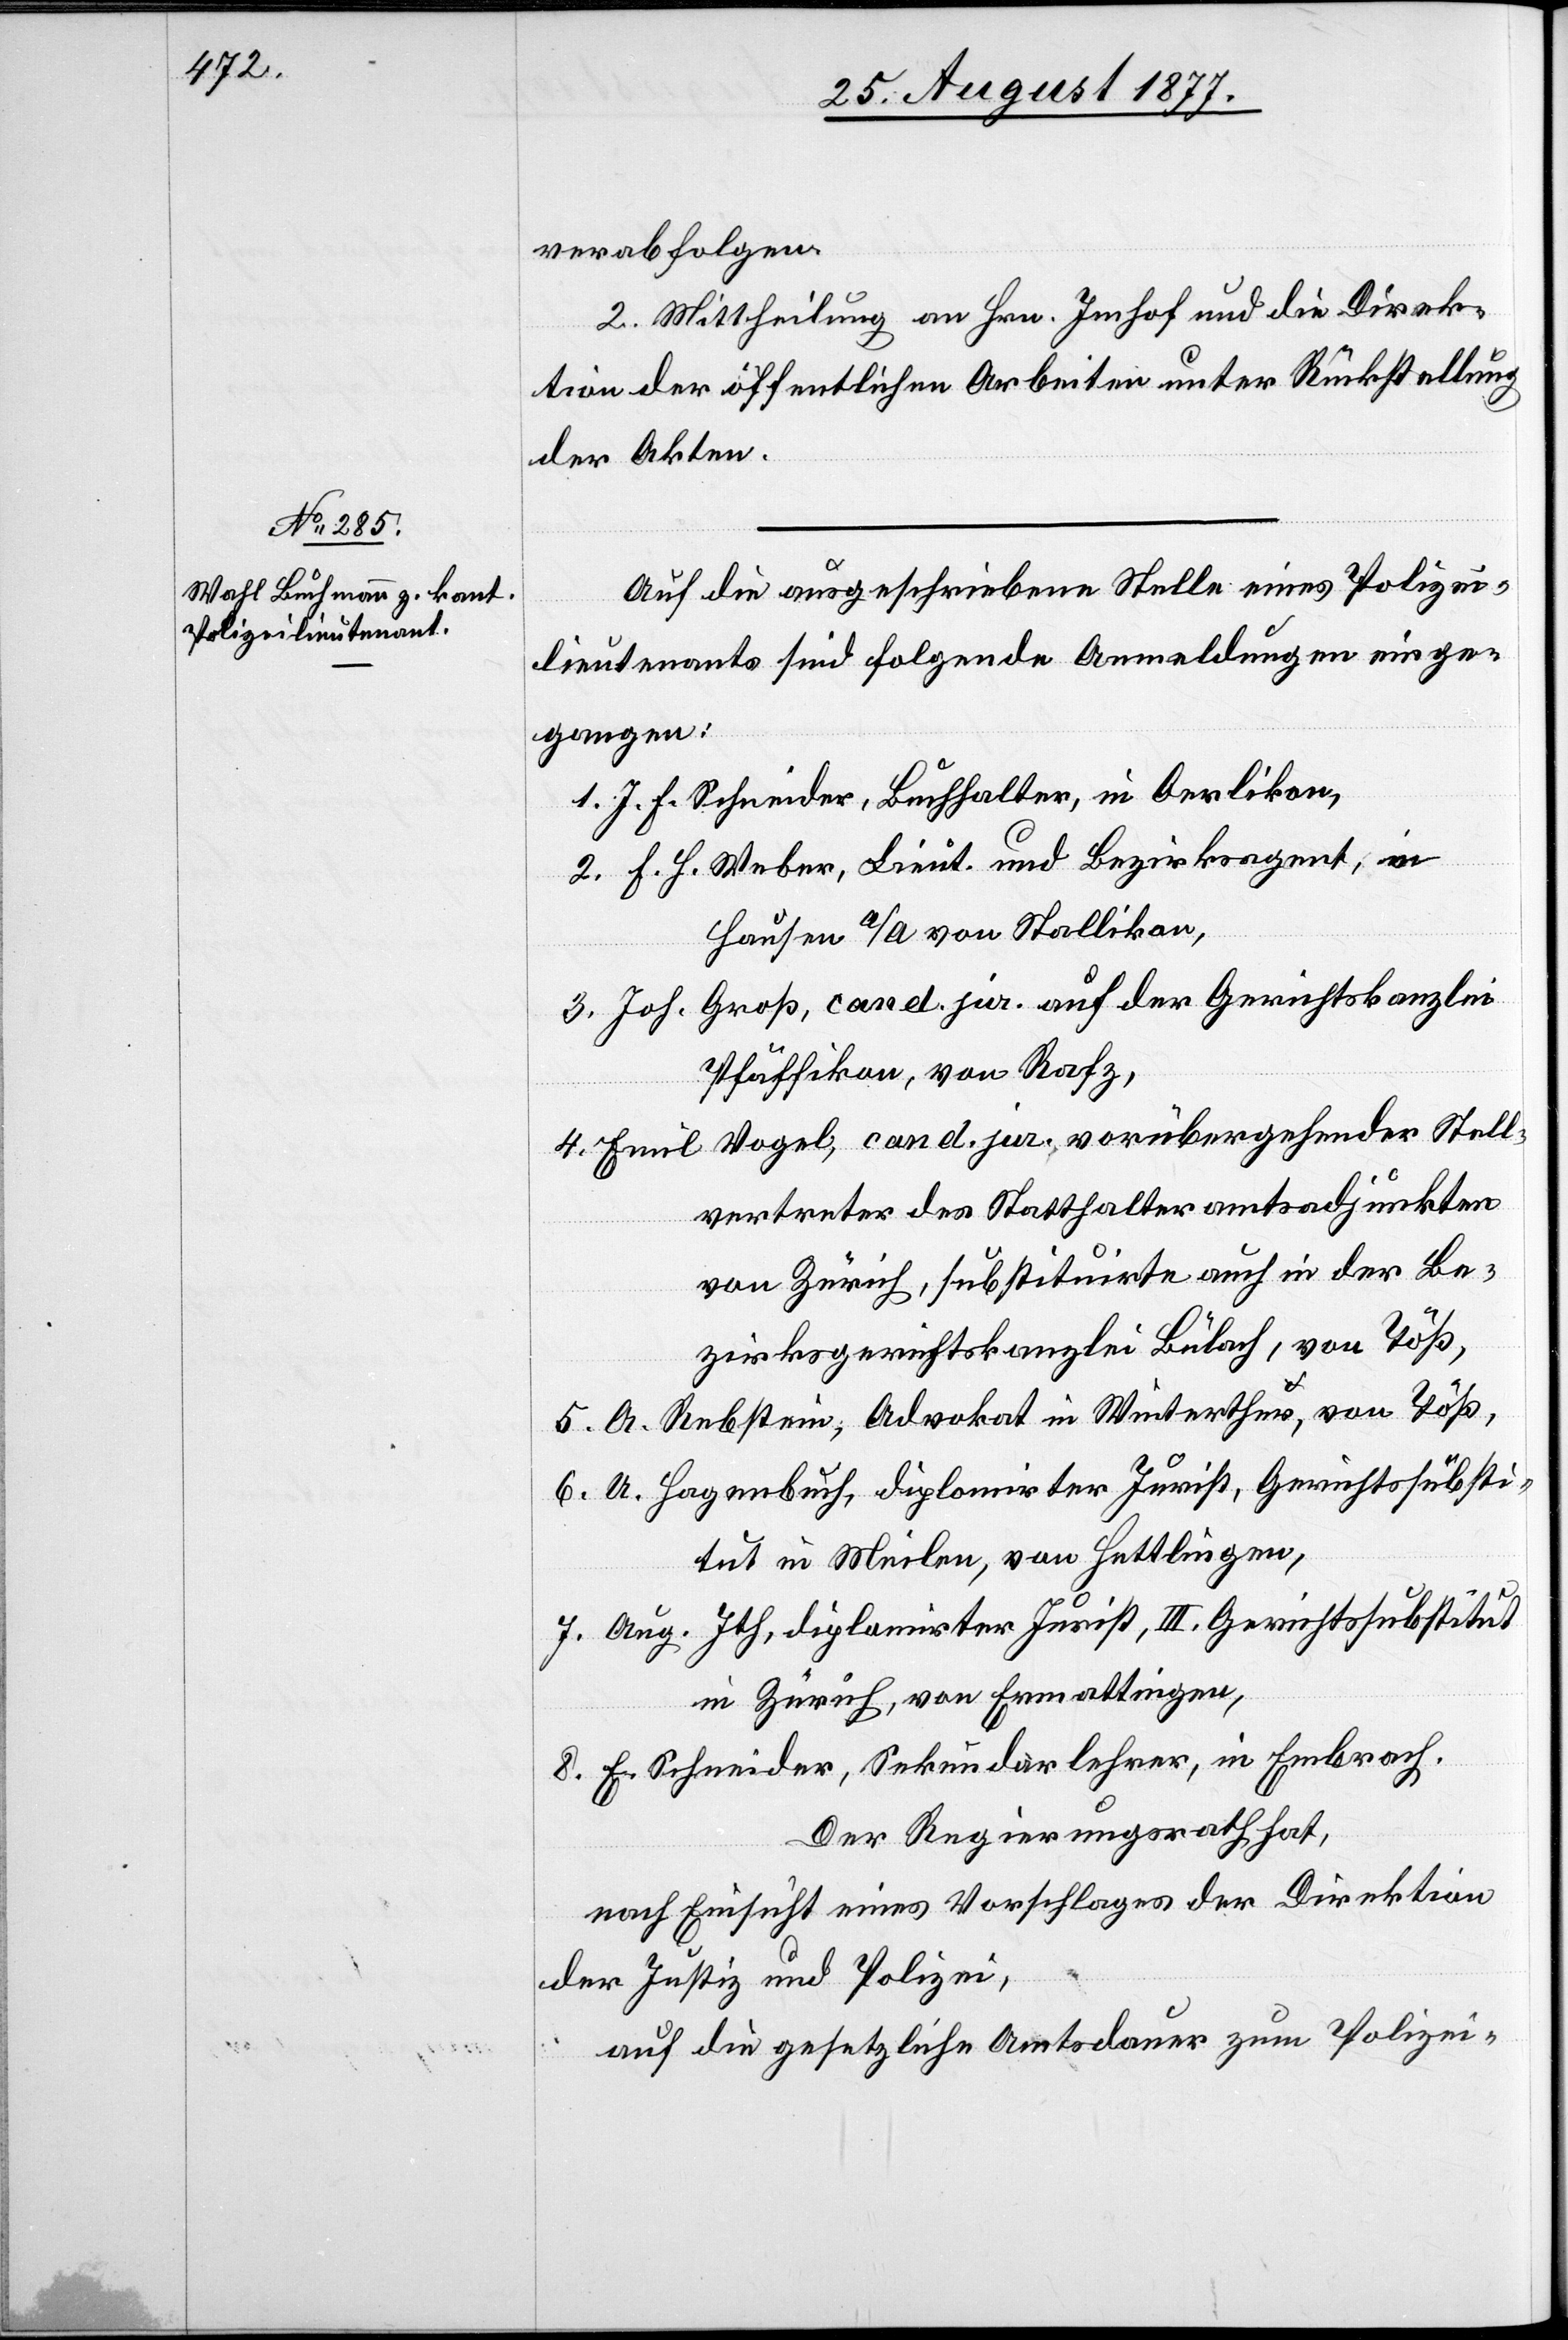
5.

verabfolgen.
2. Mittheilung an Hrn. Imhof und die Direk¬
tion der öffentlichen Arbeiten unter Rückstellung
der Akten.
Auf die ausgeschriebene Stelle eines Polizei¬
lieutenants sind folgende Anmeldungen einge¬
gangen:
J. F. Schneider, Buchhalter, in Oerlikon,
F. H. Weber, Lieut. und Bezirksagent, in
Hausen a/A von Stallikon,
Joh. Groß, cand. jur. auf der Gerichtskanzlei
Pfäffikon, von Rafz,
Emil Vogel, cand. jur., vorübergehender Stell¬
vertreter des Statthalteramtsadjunkten
von Zürich, substituirte auch in der Be¬
zirksgerichtskanzlei Bülach, von Töß,
A. Rebstein, Advokat in Winterthur, von Töß,
U. Hagenbuch, diplomirter Jurist, Gerichtssubsti¬
tut in Meilen, von Hettlingen,
Aug. Ith, diplomirter Jurist, III. Gerichtssubstitut
in Zürich, von Ermattingen,
E. Schneider, Sekundarlehrer, in Embrach.
Der Regierungsrath hat,
nach Einsicht eines Vorschlages der Direktion
der Justiz und Polizei,
auf die gesetzliche Amtsdauer zum Polizei-